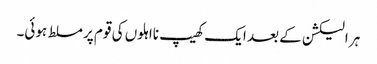
ہر الیکشن کے بعد ایک کھیپ نااہلوں کی قوم پر مسلط ہوئی۔